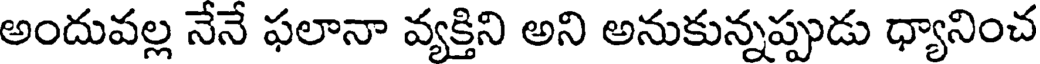
అందువల్ల నేనే ఫలానా వ్యక్తిని అని అనుకున్నప్పుడు ధ్యానించ